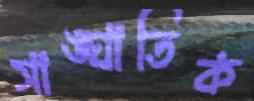
সাঙ্ঘাতিক